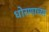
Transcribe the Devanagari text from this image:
धोरणाच्‍या